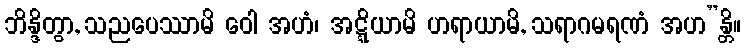
ဘိန္ဒိတွာ, သညပေဿာမိ ဝေါ အဟံ၊ အဋ္ဋိယာမိ ဟရာယာမိ, သရာဂမရဏံ အဟ”န္တိ။